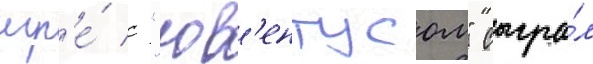
игр'е́ с "юв'ентусом" сыгра́л